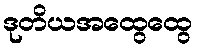
ဒုတိယအထွေထွေ